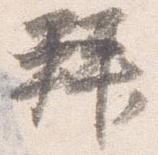
拝